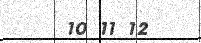
10 11 12